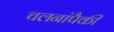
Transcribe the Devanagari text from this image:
चलनांपैकी